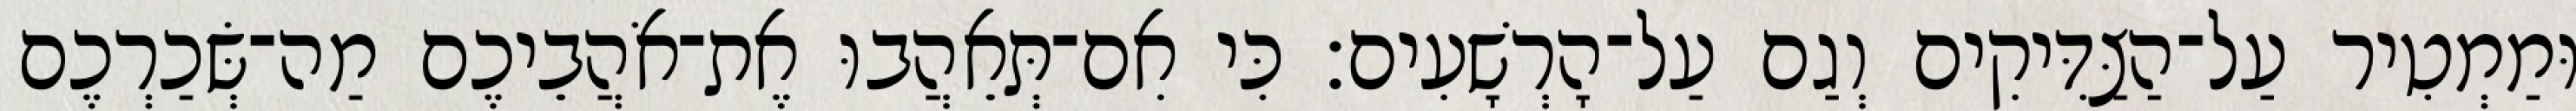
וּמַמְטִיר עַל־הַצַּדִּיקִים וְגַם עַל־הָרְשָׁעִים׃ כִּי אִם־תְּאֵהֲבוּ אֶת־אֹהֲבֵיכֶם מַה־שְּׂכַרְכֶם